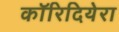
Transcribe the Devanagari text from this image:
कॉरिदियेरा